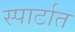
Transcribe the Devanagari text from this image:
स्पार्टात